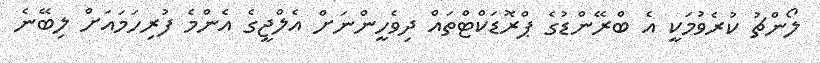
ލޯންޗު ކުރެވުމަކީ އެ ބްރޭންޑުގެ ޕްރޮޑަކްޓްތައް ދިވެހީންނަށް އެލްޖީގެ އެންމެ ފުރިހަމައަށް ލިބޭނެ